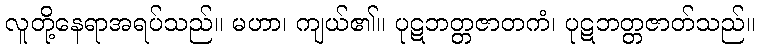
လူတို့နေရာအရပ်သည်။ မဟာ၊ ကျယ်၏။ ပုဋဘတ္တဇာတကံ၊ ပုဋဘတ္တဇာတ်သည်။